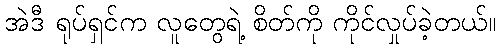
အဲဒီ ရုပ်ရှင်က လူတွေရဲ့ စိတ်ကို ကိုင်လှုပ်ခဲ့တယ်။